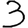
Digit: 3